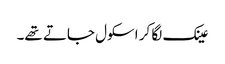
عینک لگا کر اسکول جاتے تھے۔